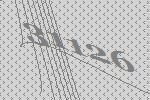
31126